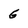
Character: 6